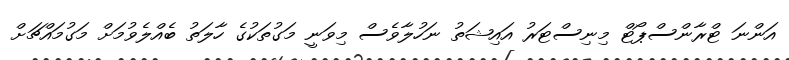
އަންނަ ޓްރާންސްޕޯޓް މިނިސްޓަރު އައިޝަތު ނަހުލާވެސް މިވަނީ މަގުތަކުގެ ހާލަތު ބެއްލެވުމަށް މަގުމައްޗަށް